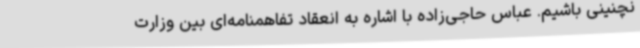
نچنینی باشیم. عباس حاجی‌زاده با اشاره به انعقاد تفاهمنامه‌ای بین وزارت